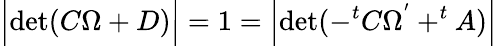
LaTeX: \Bigl|\mathrm{det}(C\Omega+D)\Bigr|=1=\Bigl|\mathrm{det}(-^{t}C\Omega^{'}+^{t}A)\Bigr|